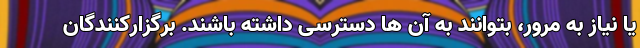
یا نیاز به مرور، بتوانند به آن ها دسترسی داشته باشند. برگزارکنندگان